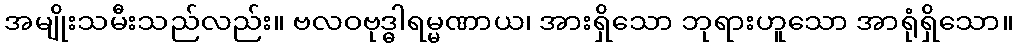
အမျိုးသမီးသည်လည်း။ ဗလဝဗုဒ္ဓါရမ္မဏာယ၊ အားရှိသော ဘုရားဟူသော အာရုံရှိသော။